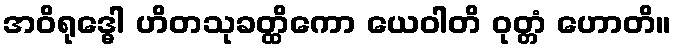
အဝိရုဒ္ဓေါ ဟိတသုခတ္ထိကော ယေဝါတိ ဝုတ္တံ ဟောတိ။